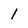
Character: 1